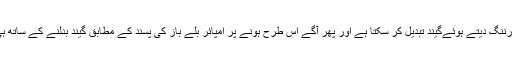
امپائر اس صورت میں فیلڈنگ کپتان کو پہلی اور آخری وارننگ دیتے ہوئےگيند تبدیل کر سکتا ہے اور پھر آگے اس طرح ہونے پر امپائر بلے باز کی پسند کے مطابق گيند بدلنے کے ساتھ ہی وہ بیٹنگ سائڈ کو پانچ رن بطور انعام بھی دے سکتاہے۔